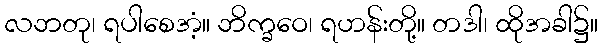
လဘတု၊ ရပါစေအံ့။ ဘိက္ခဝေ၊ ရဟန်းတို့။ တဒါ၊ ထိုအခါ၌။